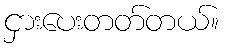
ငှားပေးတတ်တယ်။